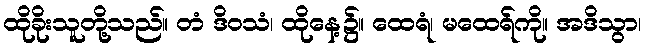
ထိုခိုးသူတို့သည်။ တံ ဒိဝသံ၊ ထိုနေ့၌။ ထေရံ၊ မထေရ်ကို။ အဒိသွာ၊